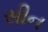
સીન